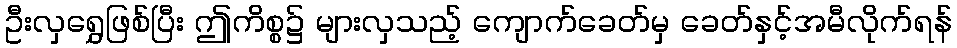
ဦးလှရွှေဖြစ်ပြီး ဤကိစ္စ၌ များလှသည့် ကျောက်ခေတ်မှ ခေတ်နှင့်အမီလိုက်ရန်